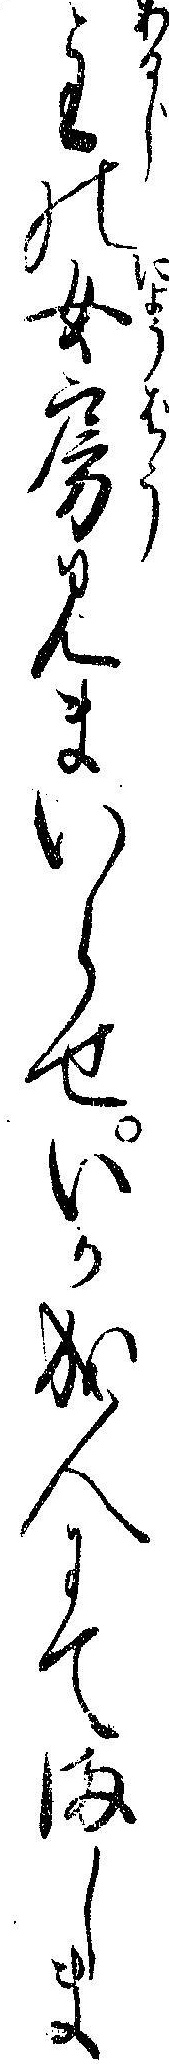
主の女房みまいらせいか成人にてましま